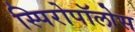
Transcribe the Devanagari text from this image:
स्पिरोपॉलोस